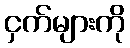
ငှက်များကို